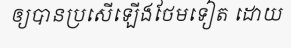
ឲ្យបានប្រសើឡើងថែមទៀត ដោយ